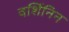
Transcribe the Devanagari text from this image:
वर्शिनिन